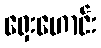
ရှေးဟောင်း